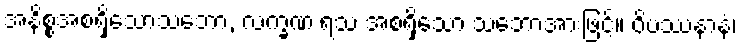
အနိစ္စအစရှိသောသဘော, လက္ခဏ ရသ အစရှိသော သဘောအားဖြင့်။ ဝိပဿနာနံ၊